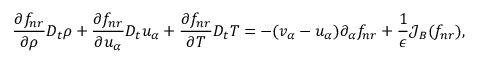
\frac { \partial f _ { n r } } { \partial \rho } D _ { t } \rho + \frac { \partial f _ { n r } } { \partial u _ { \alpha } } D _ { t } u _ { \alpha } + \frac { \partial f _ { n r } } { \partial T } D _ { t } T = - ( v _ { \alpha } - u _ { \alpha } ) \partial _ { \alpha } f _ { n r } + \frac { 1 } { \epsilon } \mathcal { J } _ { B } ( f _ { n r } ) ,